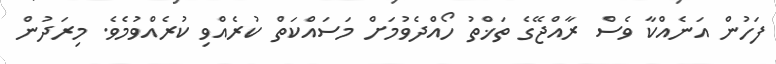
ފަހުން އަނެއްކާ ވެސް ރާއްޖޭގެ ތަޚްތު ހޯއްދެވުމަށް މަސައްކަތް ކުރެއްވި ކުރެއްވުމެވެ. މިރަދުން